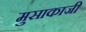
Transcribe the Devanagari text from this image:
मुसाकाजी